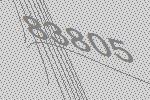
83805